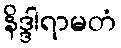
နိဒ္ဒါရာမတံ